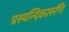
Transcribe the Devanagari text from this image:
प्रस्यन्दिकारुणि